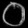
Digit: ၀